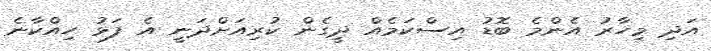
އަދި މިހާރު އެންމެ ބޮޑު އިސްކަމެއް ދީގެން ކުރިއަށްދަނީ އެ ފަޅު ހިއްކާނެ